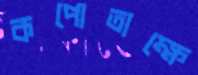
কপোতাক্ষে